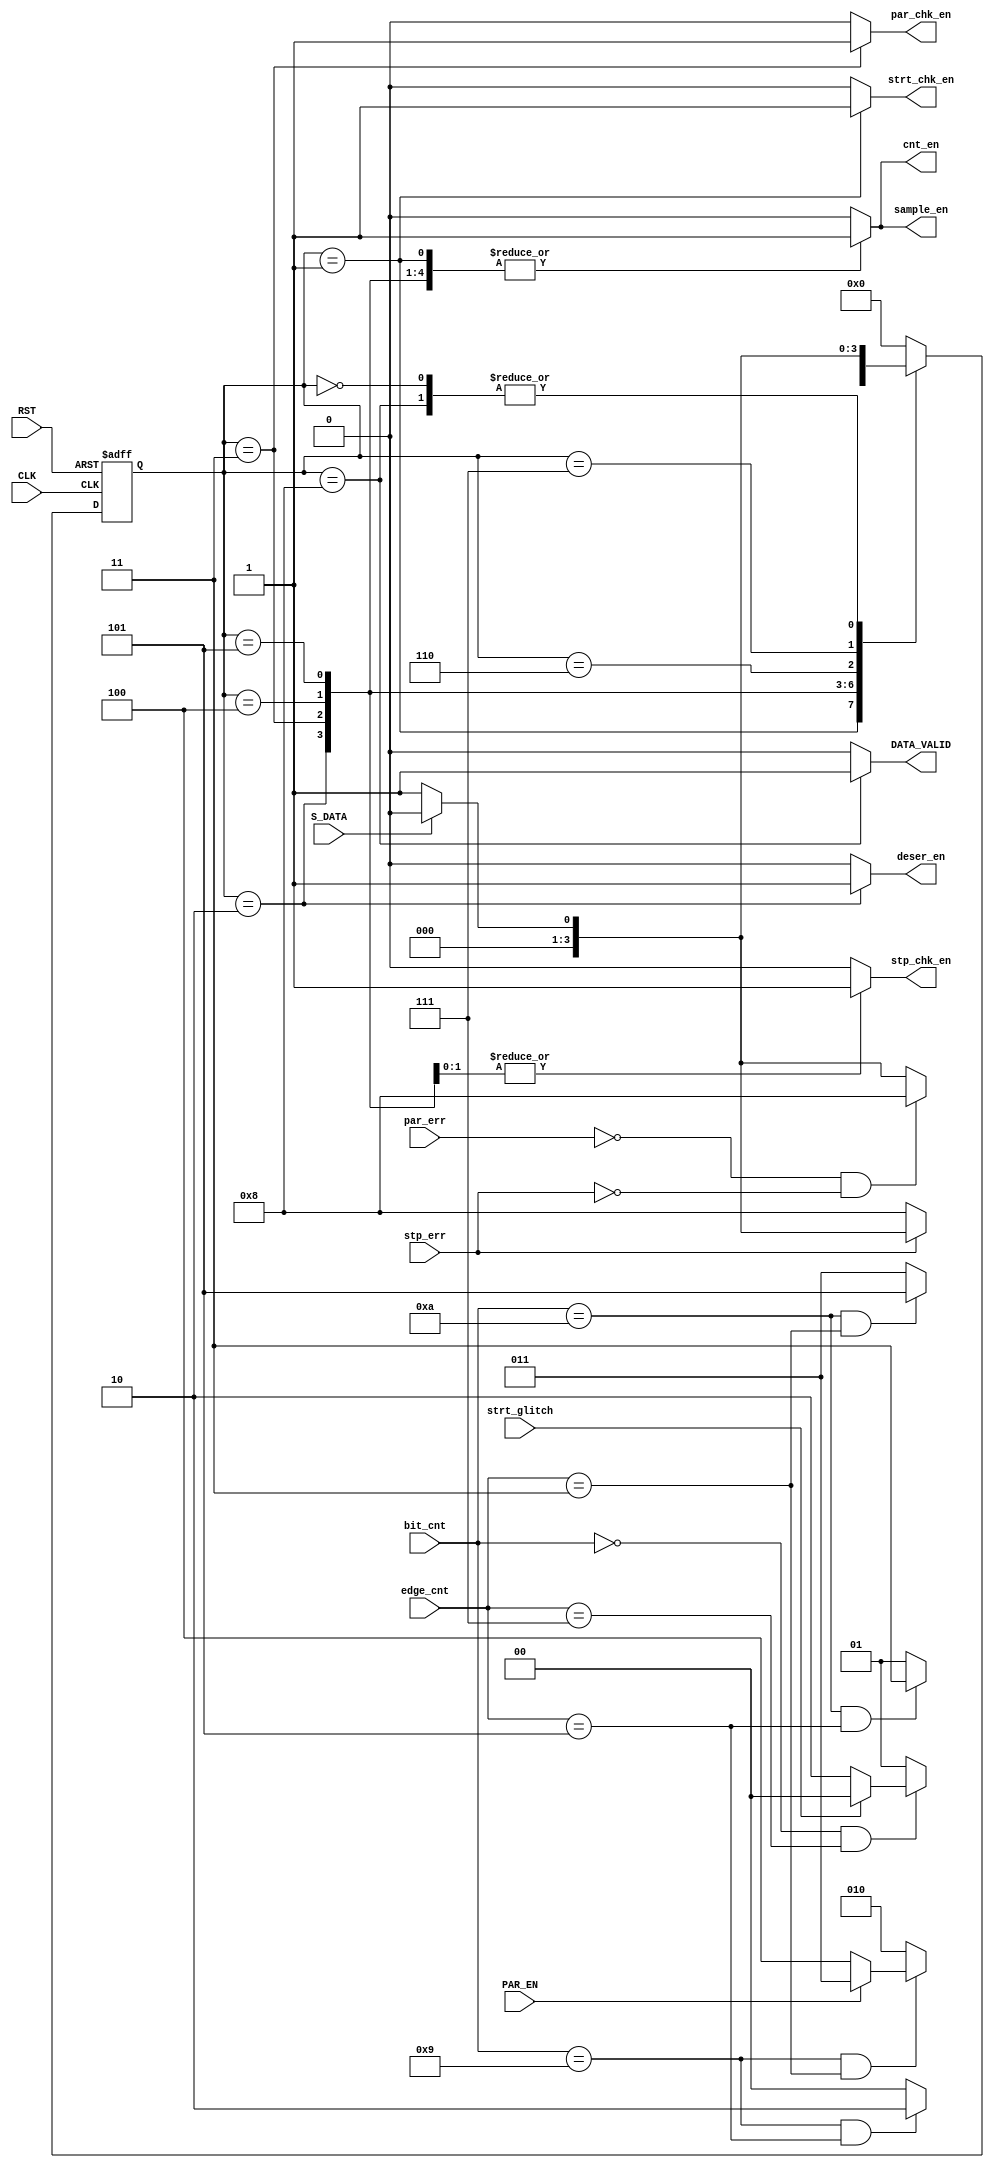
`timescale 1ns / 1ps
//////////////////////////////////////////////////////////////////////////////////
// Company: 
// Engineer: 
// 
// Design Name: 
// Module Name: RX_FSM (UART-RX)
// Project Name: LowPowerMultiClockDigtialCommuSys
// Target Devices: 
// Tool Versions: 
// Description: 
// 
// Dependencies: 
// 
// Revision:
// Revision 0.01 - File Created
// Additional Comments:
// 
//////////////////////////////////////////////////////////////////////////////////
module RX_FSM #(
    parameter BIT_CNT_WIDTH   = 4,
    parameter EDGE_CNT_WIDTH  = 3
    ) (
    input   wire                                CLK,
    input   wire                                RST,
    input   wire                                S_DATA,
    input   wire                                PAR_EN,
    input   wire    [BIT_CNT_WIDTH-1  : 0]      bit_cnt,
    input   wire    [EDGE_CNT_WIDTH-1 : 0]      edge_cnt,
    input   wire                                par_err,
    input   wire                                stp_err,
    input   wire                                strt_glitch,
    output  reg                                 sample_en, 
    output  reg                                 cnt_en,
    output  reg                                 par_chk_en,
    output  reg                                 stp_chk_en,
    output  reg                                 strt_chk_en,
    output  reg                                 deser_en,
    output  reg                                 DATA_VALID
    );

    reg             [3                : 0]      state,
                                                next_state;


    // FSM states
    localparam IDLE  = 4'b000;
    localparam STRT  = 4'b001;   // check start bit state
    localparam READ  = 4'b010;
    localparam PAR   = 4'b011;   // parity check state
    localparam STP   = 4'b100;   // check stop bit state when PAR_EN = 0
    localparam STP_P = 4'b101;   // check stop bit state when PAR_EN = 1
    localparam ERR   = 4'b110;   // error state when PAR_EN = 0 
    localparam ERR_P = 4'b111;   // error state when PAR_EN = 1
    localparam VLD   = 4'b1000;  // Valid State
    


    always @(posedge CLK, negedge RST)
    begin
        if(~RST)
            state <= IDLE;
        else
            state <= next_state;
    end

    always @(*)
    begin
        case(state)
            IDLE:   begin
                        //outputs
                        strt_chk_en = 1'b0;
                        cnt_en      = 1'b0;
                        sample_en   = 1'b0;
                        deser_en    = 1'b0;
                        par_chk_en  = 1'b0;
                        stp_chk_en  = 1'b0;
                        DATA_VALID  = 1'b0;
                        //next_state
                        if(!S_DATA)  //strt bit is LOW signal
                            next_state = STRT;
                        else
                            next_state = IDLE;
                    end
            STRT:   begin
                        //outputs
                        strt_chk_en = 1'b1;
                        cnt_en      = 1'b1;
                        sample_en   = 1'b1;
                        deser_en    = 1'b0;
                        par_chk_en  = 1'b0;
                        stp_chk_en  = 1'b0;
                        DATA_VALID  = 1'b0;
                        //next_state
                        if(bit_cnt == 4'h0 & edge_cnt == 3'h7)
                            next_state = !strt_glitch ? READ : IDLE;
                        else 
                            next_state = STRT;
                    end
            READ:   begin
                        //outputs
                        strt_chk_en = 1'b0;
                        cnt_en      = 1'b1;
                        sample_en   = 1'b1;
                        deser_en    = 1'b1;
                        par_chk_en  = 1'b0;
                        stp_chk_en  = 1'b0;
                        DATA_VALID  = 1'b0;
                        //next_state
                        if (bit_cnt == 4'h9 & edge_cnt == 3'h3) // current edge = 4'h8, next edge = 4'h9 - par_chk edge | stp_chk edge
                            next_state = PAR_EN ? PAR : STP;
                        else
                            next_state = READ;
                    end
            PAR :   begin
                        //outputs
                        strt_chk_en = 1'b0;
                        cnt_en      = 1'b1;
                        sample_en   = 1'b1;
                        deser_en    = 1'b0;
                        par_chk_en  = 1'b1;
                        stp_chk_en  = 1'b0;
                        DATA_VALID  = 1'b0;
                        //next_state
                        if (bit_cnt == 4'hA & edge_cnt == 3'h3) // current edge = 4'h9, next edge = 4'hA - stp_chk edge
                            next_state = STP_P;
                        else
                            next_state = PAR;
                    end
            STP :   begin
                        //outputs
                        strt_chk_en = 1'b0;
                        cnt_en      = 1'b1;
                        sample_en   = 1'b1;
                        deser_en    = 1'b0;
                        par_chk_en  = 1'b0;
                        stp_chk_en  = 1'b1;
                        DATA_VALID  = 1'b0;
                        //next_state
                        if (bit_cnt == 4'h9 & edge_cnt == 3'h5) 
                            next_state = ERR;
                        else
                            next_state = STP;
                    end
            STP_P:  begin
                        //outputs
                        strt_chk_en = 1'b0;
                        cnt_en      = 1'b1;
                        sample_en   = 1'b1;
                        deser_en    = 1'b0;
                        par_chk_en  = 1'b0;
                        stp_chk_en  = 1'b1;
                        DATA_VALID  = 1'b0;
                        //next_state
                        if (bit_cnt == 4'hA & edge_cnt == 3'h5)
                            next_state = ERR_P;
                        else
                            next_state = STP_P;
                    end
            ERR :   begin
                        //outputs
                        strt_chk_en = 1'b0;
                        cnt_en      = 1'b0;
                        sample_en   = 1'b0;
                        deser_en    = 1'b0;
                        par_chk_en  = 1'b0;
                        stp_chk_en  = 1'b0;
                        DATA_VALID  = 1'b0;
                        //next_state
                        if (~stp_err)
                            next_state = VLD;
                        else
                            next_state = !S_DATA ? STRT : IDLE;
                    end
            ERR_P:  begin
                        //outputs
                        strt_chk_en = 1'b0;
                        cnt_en      = 1'b0;
                        sample_en   = 1'b0;
                        deser_en    = 1'b0;
                        par_chk_en  = 1'b0;
                        stp_chk_en  = 1'b0;
                        DATA_VALID  = 1'b0;
                        //next_state
                        if (~par_err & ~stp_err)
                            next_state = VLD;
                        else
                            next_state = !S_DATA ? STRT : IDLE;
                    end
            VLD :   begin
                        //outputs
                        strt_chk_en = 1'b0;
                        cnt_en      = 1'b0;
                        sample_en   = 1'b0;
                        deser_en    = 1'b0;
                        par_chk_en  = 1'b0;
                        stp_chk_en  = 1'b0;
                        DATA_VALID  = 1'b1;
                        //next_state
                        if(!S_DATA)
                            next_state = STRT;
                        else
                            next_state = IDLE;
                    end
            default:begin
                        //outputs
                        strt_chk_en = 1'b0;
                        cnt_en      = 1'b0;
                        sample_en   = 1'b0;
                        deser_en    = 1'b0;
                        par_chk_en  = 1'b0;
                        stp_chk_en  = 1'b0;
                        DATA_VALID  = 1'b0;
                        //next_state
                        next_state  = IDLE;
                    end
        endcase
    end



endmodule